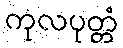
ကုလပုတ္တံ